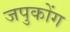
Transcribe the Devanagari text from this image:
जपुकोंग